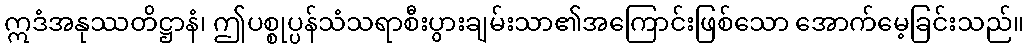
ဣဒံအနုဿတိဋ္ဌာနံ၊ ဤပစ္စုပ္ပန်သံသရာစီးပွားချမ်းသာ၏အကြောင်းဖြစ်သော အောက်မေ့ခြင်းသည်။